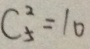
C ^ { 2 } _ { 5 } = 1 0